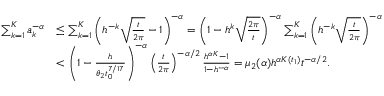
\begin{array} { r l } { \sum _ { k = 1 } ^ { K } a _ { k } ^ { - \alpha } } & { \le \sum _ { k = 1 } ^ { K } \left( h ^ { - k } \sqrt { \frac { t } { 2 \pi } } - 1 \right) ^ { - \alpha } = \left( 1 - h ^ { k } \sqrt { \frac { 2 \pi } { t } } \right) ^ { - \alpha } \sum _ { k = 1 } ^ { K } \left( h ^ { - k } \sqrt { \frac { t } { 2 \pi } } \right) ^ { - \alpha } } \\ & { < \left( 1 - \frac { h } { \theta _ { 2 } t _ { 0 } ^ { 7 / 1 7 } } \right) ^ { - \alpha } \left( { \frac { t } { 2 \pi } } \right) ^ { - \alpha / 2 } \frac { h ^ { \alpha K } - 1 } { 1 - h ^ { - \alpha } } = \mu _ { 2 } ( \alpha ) h ^ { \alpha K ( t _ { 1 } ) } t ^ { - \alpha / 2 } . } \end{array}